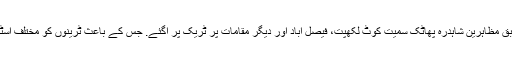
ذرائع ریلوے کے مطابق مظاہرین شاہدرہ پھاٹک سمیت کوٹ لکھپت، فیصل آباد اور دیگر مقامات پر ٹریک پر آگئے. جس کے باعث ٹرینوں کو مختلف اسٹیشنوں پر روک لیا گیا۔